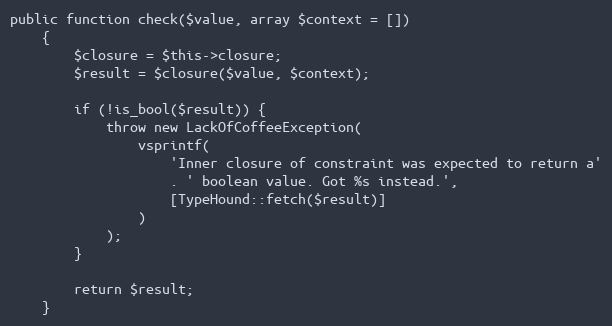
Language: PHP
public function check($value, array $context = [])
    {
        $closure = $this->closure;
        $result = $closure($value, $context);

        if (!is_bool($result)) {
            throw new LackOfCoffeeException(
                vsprintf(
                    'Inner closure of constraint was expected to return a'
                    . ' boolean value. Got %s instead.',
                    [TypeHound::fetch($result)]
                )
            );
        }

        return $result;
    }